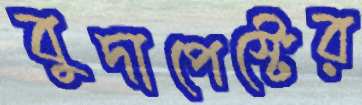
বুদাপেস্টের